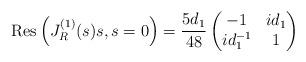
LaTeX: \begin{align*}\mbox{Res}\left( J_{R}^{(1)}(s)s,s=0 \right) = \frac{5d_{1}}{48}\begin{pmatrix}-1 & id_{1} \\ id_{1}^{-1} & 1\end{pmatrix}\end{align*}